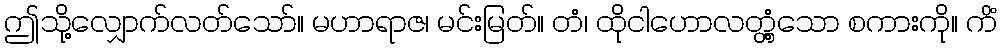
ဤသို့လျှောက်လတ်သော်။ မဟာရာဇ၊ မင်းမြတ်။ တံ၊ ထိုငါဟောလတ္တံ့သော စကားကို။ ကိံ